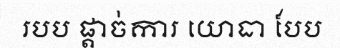
របប ផ្តាច់ការ យោធា បែប